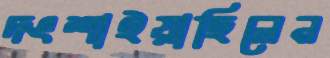
দংশাইয়াছিলেন